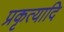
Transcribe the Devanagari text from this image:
प्रकृत्यादि